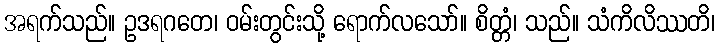
အရက်သည်။ ဥဒရဂတေ၊ ဝမ်းတွင်းသို့ ရောက်လသော်။ စိတ္တံ၊ သည်။ သံကိလိဿတိ၊